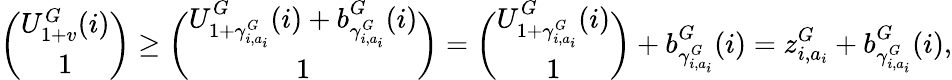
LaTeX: \binom{U_{1+v}^{G}(i)}{1}\geq\binom{U_{1+\gamma_{i,a_{i}}^{G}}^{G}(i)+b_{\gamma_{i,a_{i}}^{G}}^{G}(i)}{1}=\binom{U_{1+\gamma_{i,a_{i}}^{G}}^{G}(i)}{1}+b_{\gamma_{i,a_{i}}^{G}}^{G}(i)=z_{i,a_{i}}^{G}+b_{\gamma_{i,a_{i}}^{G}}^{G}(i),